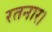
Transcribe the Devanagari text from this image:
रतनार।